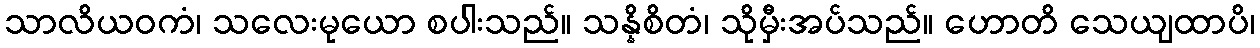
သာလိယဝကံ၊ သလေးမုယော စပါးသည်။ သန္နိစိတံ၊ သိုမှီးအပ်သည်။ ဟောတိ သေယျထာပိ၊